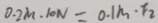
0 . 2 m \cdot 1 0 N = 0 . 1 m \cdot F _ { 2 }